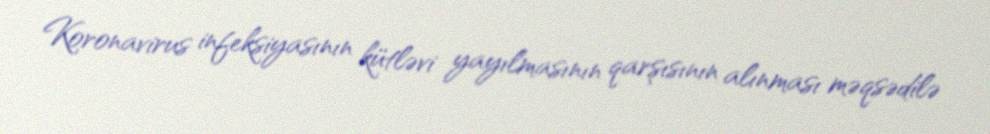
Koronavirus infeksiyasının kütləvi yayılmasının qarşısının alınması məqsədilə